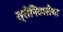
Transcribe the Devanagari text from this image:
स्रीनिवासैया